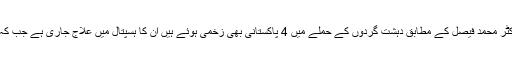
ترجمان دفترخارجہ ڈاکٹر محمد فیصل کے مطابق دہشت گردوں کے حملے میں 4 پاکستانی بھی زخمی ہوئے ہیں ان کا ہسپتال میں علاج جاری ہے جب کہ 5 پاکستانی لاپتہ ہیں۔